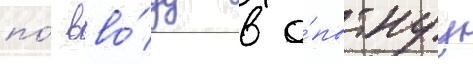
по́ вво́ду в о́пытнуу